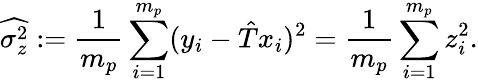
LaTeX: \widehat{\sigma_{z}^{2}}:=\frac{1}{m_{p}}\sum_{i=1}^{m_{p}}(y_{i}-\hat{T}x_{i})^{2}=\frac{1}{m_{p}}\sum_{i=1}^{m_{p}}z_{i}^{2}.